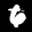
Label: 6